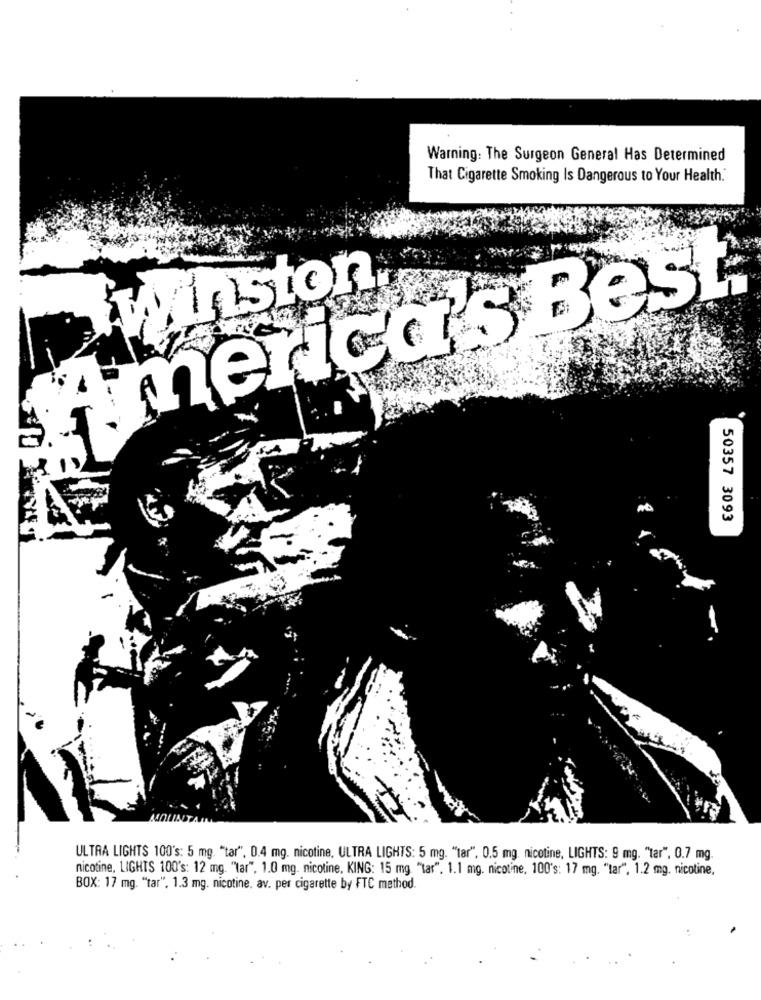
Warning: The Surgeon General Has Determined
That Cigarette Smoking Is Dangerous to Your Health."
America's Best
winston
50357 3093
ULTRA LIGHTS 100's: 5 mg. "tar", 0.4 mg. nicotine, ULTRA LIGHTS: 5 mg. "tar", 0.5 mg. nicotine, LIGHTS: 9 mg. "tar", 0.7 mg.
nicotine, LIGHTS 100's: 12 mg. "tar", 1.0 mg. nicotine. KING: 15 mg. "tar". 1.1 mg. nicotine, 100's: 17 mg. "tar". 1.2 mg. nicotine.
BOX: 17 mg. "tar", 1.3 mg. nicotine. av. per cigarette by FTC method.